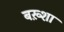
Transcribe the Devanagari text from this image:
बख़्शा